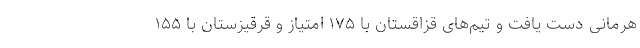
هرمانی دست یافت و تیم‌های قزاقستان با ۱۷۵ امتیاز و قرقیزستان با ۱۵۵